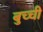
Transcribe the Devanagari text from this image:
बुच्ची